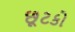
છૂટકો